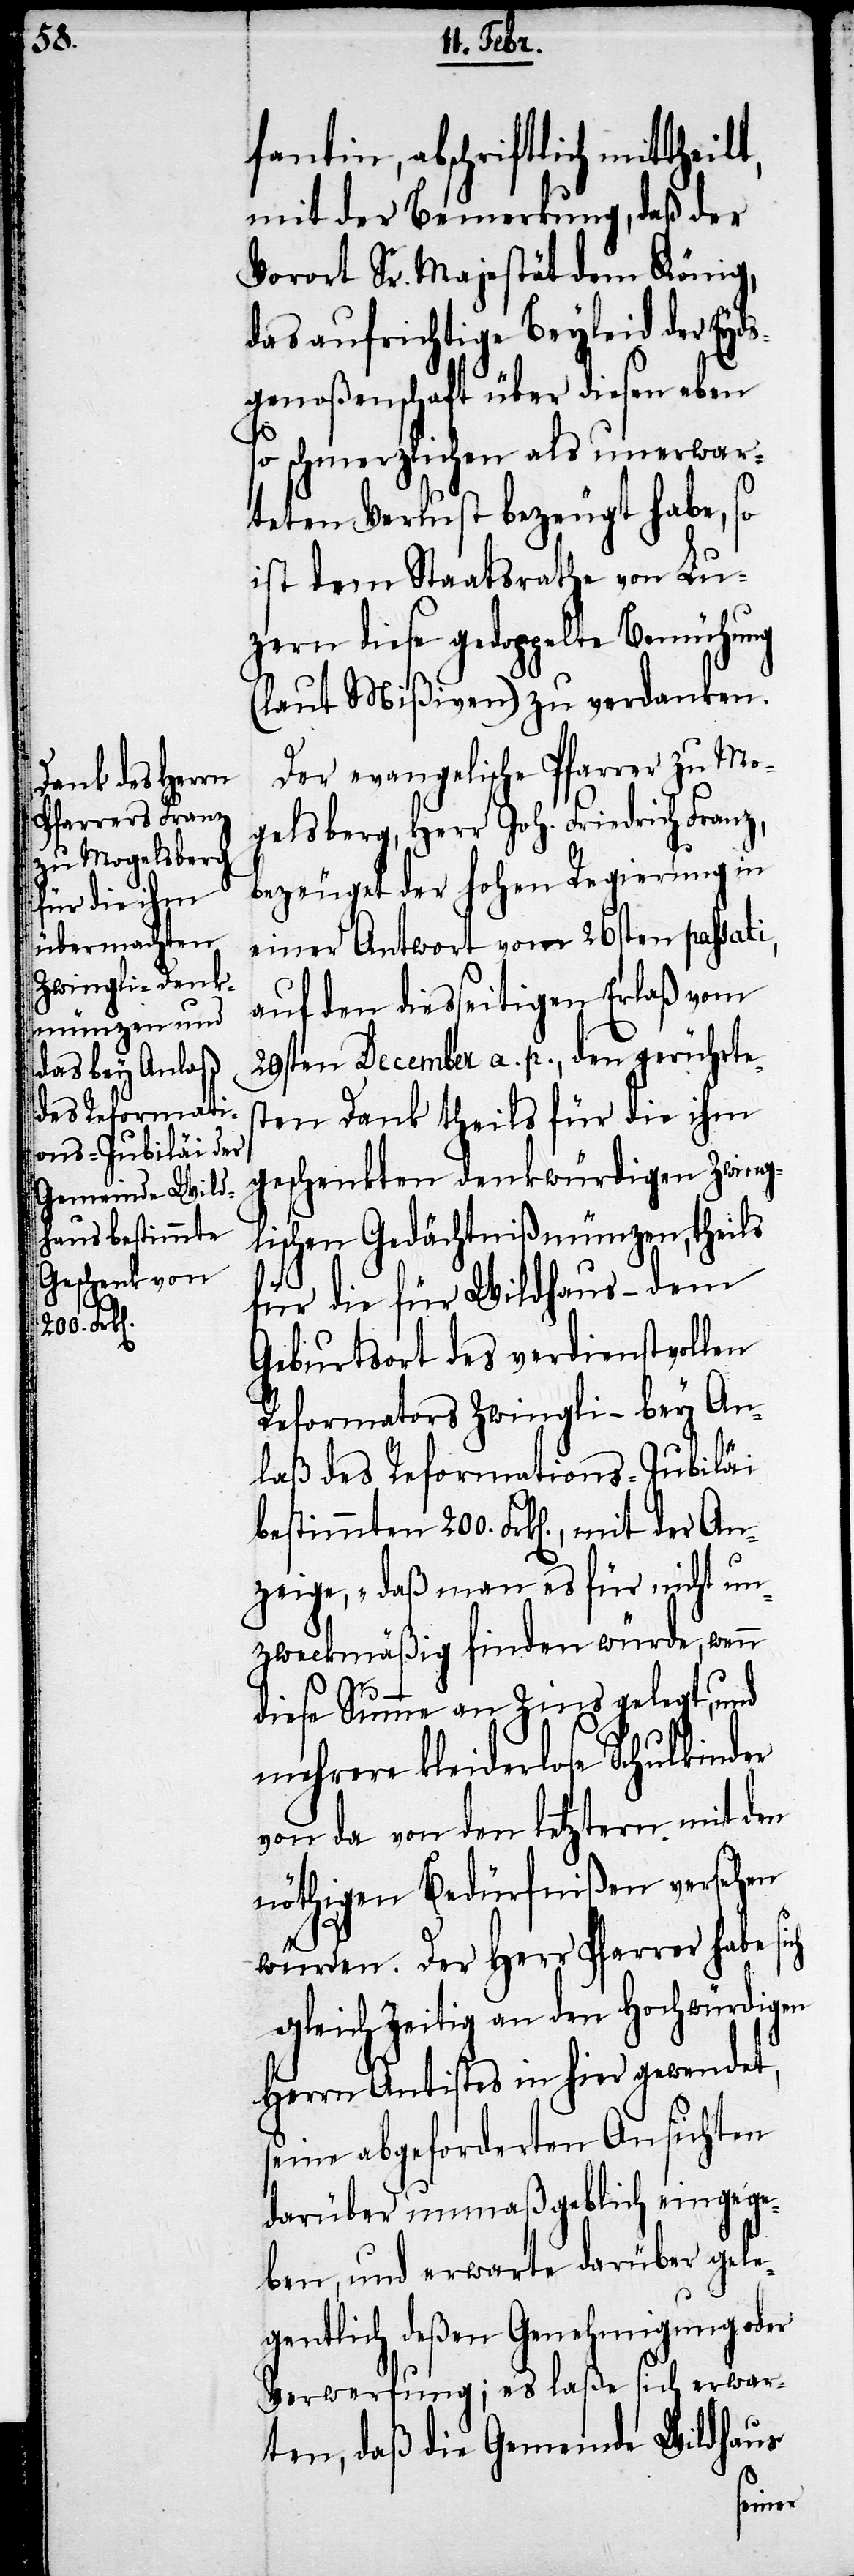
fantin, abschriftlich mitth¬
mit der Bemerkung, daß der
Vorort Sr. Majestät dem König,
das aufrichtige Beyleid der Eyd¬
sgenoßenschaft über diesen eben
so schmerzlichen als unerwar¬
teten Verlust bezeugt habe, so
ist dem Staatsrathe von Lu¬
zern diese gedoppelte Bemühung
(laut Mißiven) zu verdanken.
Der evangelische Pfarrer zu Mo¬
gelsberg, Herr Joh. Friedrich Franz,
bezeuget der hohen Regierung in
einer Antwort vom 26sten passati,
auf den diesseitigen Erlaß vom
29sten December a. p., den gerührte¬
sten Dank theils für die ihm
geschenkten denkwürdigen Zwing¬
lischen Gedächtnißmünzen, theils
für die für Wildhaus – dem
Geburtsort des verdienstvollen
Reformators Zwingli – bey An¬
laß des Reformations-Jubiläi
bestimmten 200. Frk[en]., mit der An¬
zeige, „daß man es für nicht un¬
zweckmäßig finden würde, wenn
diese Summe an Zins gelegt, und
mehrere kleiderlose Schulkinder
von da von den letztern mit den
nöthigen Bedürfnißen versehen
würden. Der Herr Pfarrer habe sich
gleich Zeitig an den Hochwürdigen
Herrn Antistes in hier gewendet,
seine abgeforderten Ansichten
darüber unmaßgeblich eingege¬
ben, und erwarte darüber gele¬
gentlich deßen Genehmigung oder
Verwerfung; es laße sich erwar¬
ten, daß die Gemeinde Wildhaus
eilt,